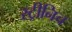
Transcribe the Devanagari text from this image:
स्ट्रीनिच